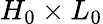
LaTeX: H_{0}\times L_{0}